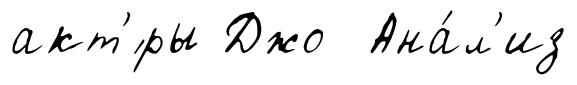
акт'́ры Джо Ана́л'из